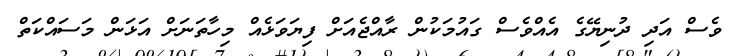
ވެސް އަދި ދުނިޔޭގެ އެއްވެސް ގައުމަކުން ރާއްޖެއަށް ފިޔަވަޅެއް މިހާތަނަށް އަޅަން މަސައްކަތް